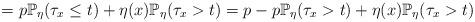
LaTeX: \begin{align*} =p\mathbb{P}_\eta(\tau_x \leq t) + \eta(x)\mathbb{P}_\eta(\tau_x > t) = p- p\mathbb{P}_\eta(\tau_x > t)+ \eta(x)\mathbb{P}_\eta(\tau_x > t) \end{align*}